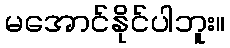
မအောင်နိုင်ပါဘူး။